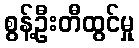
စွန့်ဦးတီထွင်မှု